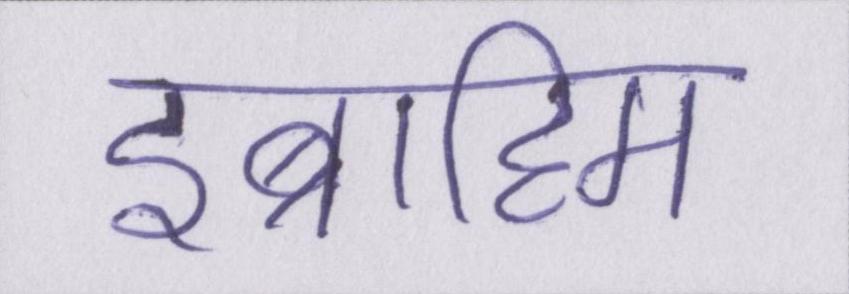
इब्राहिम